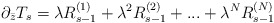
\begin{align*}\partial _{\bar{z}}T_{s}=\lambda R^{(1)}_{s-1}+\lambda ^{2}R_{s-1}^{(2)}+...+\lambda ^{N}R^{(N)}_{s-1}\end{align*}